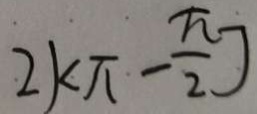
2 k \pi - \frac { \pi } { 2 } ]